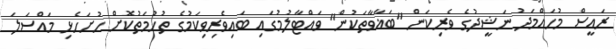
ރައީސް މުހައްމަދު ނަޝީދުގެ ވެރިކަން "ބަޣާވާތަކުން" ވައްޓާލުމުގައި ބައިވެރިވިކަމުގެ ތުހުމަތުކޮށް ހުށަހެޅި މައްސަލަ